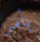
بأمر